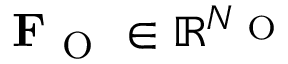
\mathbf { F } _ { \mathrm { ~ O ~ } } \in \mathbb { R } ^ { N _ { \mathrm { ~ O ~ } } }